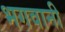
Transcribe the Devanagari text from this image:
भगवानी